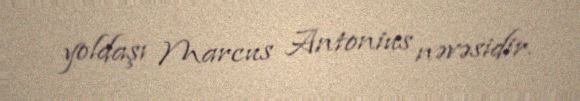
yoldaşı Marcus Antonius nəvəsidir.